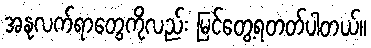
အနုလက်ရာတွေကိုလည်း မြင်တွေ့ရတတ်ပါတယ်။